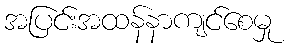
အပြင်းအထန်နာကျင်စေမှု